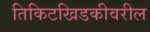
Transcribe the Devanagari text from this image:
तिकिटखिडकीवरील